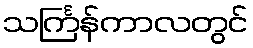
သင်္ကြန်ကာလတွင်